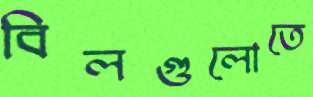
বিলগুলোতে